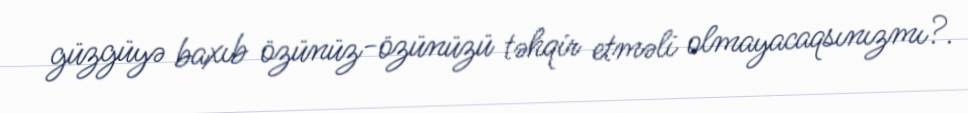
güzgüyə baxıb özünüz-özünüzü təhqir etməli olmayacaqsınızmı?.